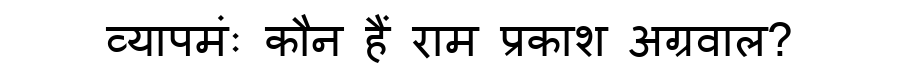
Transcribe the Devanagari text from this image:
व्यापमंः कौन हैं राम प्रकाश अग्रवाल?